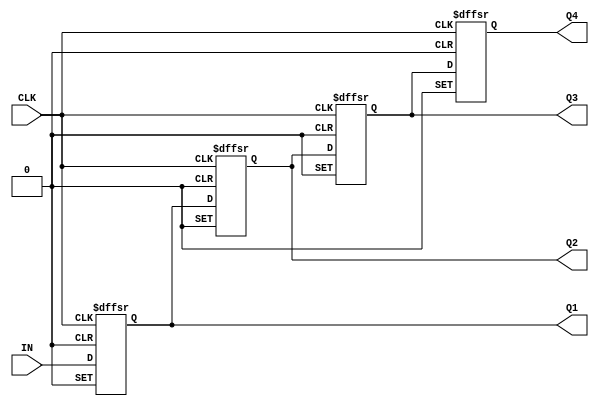
// Copyright (C) 2022  Intel Corporation. All rights reserved.
// Your use of Intel Corporation's design tools, logic functions 
// and other software and tools, and any partner logic 
// functions, and any output files from any of the foregoing 
// (including device programming or simulation files), and any 
// associated documentation or information are expressly subject 
// to the terms and conditions of the Intel Program License 
// Subscription Agreement, the Intel Quartus Prime License Agreement,
// the Intel FPGA IP License Agreement, or other applicable license
// agreement, including, without limitation, that your use is for
// the sole purpose of programming logic devices manufactured by
// Intel and sold by Intel or its authorized distributors.  Please
// refer to the applicable agreement for further details, at
// https://fpgasoftware.intel.com/eula.

// PROGRAM		"Quartus Prime"
// VERSION		"Version 21.1.1 Build 850 06/23/2022 SJ Standard Edition"
// CREATED		"Tue Nov  8 08:18:14 2022"

module lab10step1(
	IN,
	CLK,
	Q1,
	Q2,
	Q3,
	Q4
);


input wire	IN;
input wire	CLK;
output wire	Q1;
output wire	Q2;
output wire	Q3;
output reg	Q4;

wire	SYNTHESIZED_WIRE_8;
wire	SYNTHESIZED_WIRE_9;
reg	DFF_inst;
reg	DFF_inst1;
reg	DFF_inst2;

assign	Q1 = DFF_inst;
assign	Q2 = DFF_inst1;
assign	Q3 = DFF_inst2;
assign	SYNTHESIZED_WIRE_8 = 1;
assign	SYNTHESIZED_WIRE_9 = 1;




always@(posedge CLK or negedge SYNTHESIZED_WIRE_8 or negedge SYNTHESIZED_WIRE_9)
begin
if (!SYNTHESIZED_WIRE_8)
	begin
	DFF_inst <= 0;
	end
else
if (!SYNTHESIZED_WIRE_9)
	begin
	DFF_inst <= 1;
	end
else
	begin
	DFF_inst <= IN;
	end
end


always@(posedge CLK or negedge SYNTHESIZED_WIRE_8 or negedge SYNTHESIZED_WIRE_9)
begin
if (!SYNTHESIZED_WIRE_8)
	begin
	DFF_inst1 <= 0;
	end
else
if (!SYNTHESIZED_WIRE_9)
	begin
	DFF_inst1 <= 1;
	end
else
	begin
	DFF_inst1 <= DFF_inst;
	end
end


always@(posedge CLK or negedge SYNTHESIZED_WIRE_8 or negedge SYNTHESIZED_WIRE_9)
begin
if (!SYNTHESIZED_WIRE_8)
	begin
	DFF_inst2 <= 0;
	end
else
if (!SYNTHESIZED_WIRE_9)
	begin
	DFF_inst2 <= 1;
	end
else
	begin
	DFF_inst2 <= DFF_inst1;
	end
end


always@(posedge CLK or negedge SYNTHESIZED_WIRE_8 or negedge SYNTHESIZED_WIRE_9)
begin
if (!SYNTHESIZED_WIRE_8)
	begin
	Q4 <= 0;
	end
else
if (!SYNTHESIZED_WIRE_9)
	begin
	Q4 <= 1;
	end
else
	begin
	Q4 <= DFF_inst2;
	end
end




endmodule